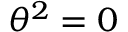
\theta ^ { 2 } = 0